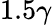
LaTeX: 1.5\gamma